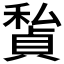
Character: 𥢅